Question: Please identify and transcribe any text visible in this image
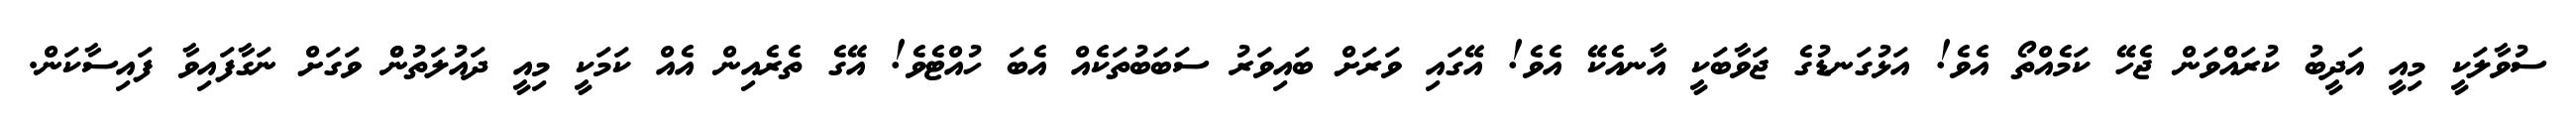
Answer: ސުވާލަކީ މިއީ އަދީބު ކުރައްވަން ޖެހޭ ކަމެއްތޯ އެވެ! އަޅުގަނޑުގެ ޖަވާބަކީ އާނއެކޭ އެވެ! އޭގައި ވަރަށް ބައިވަރު ސަބަބުތަކެއް އެބަ ހުއްޓެވެ! އޭގެ ތެރެއިން އެއް ކަމަކީ މިއީ ދައުލަތުންް ވަގަށް ނަގާފައިވާ ފައިސާކަން.